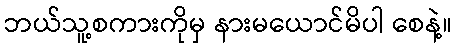
ဘယ်သူ့စကားကိုမှ နားမယောင်မိပါ စေနဲ့။